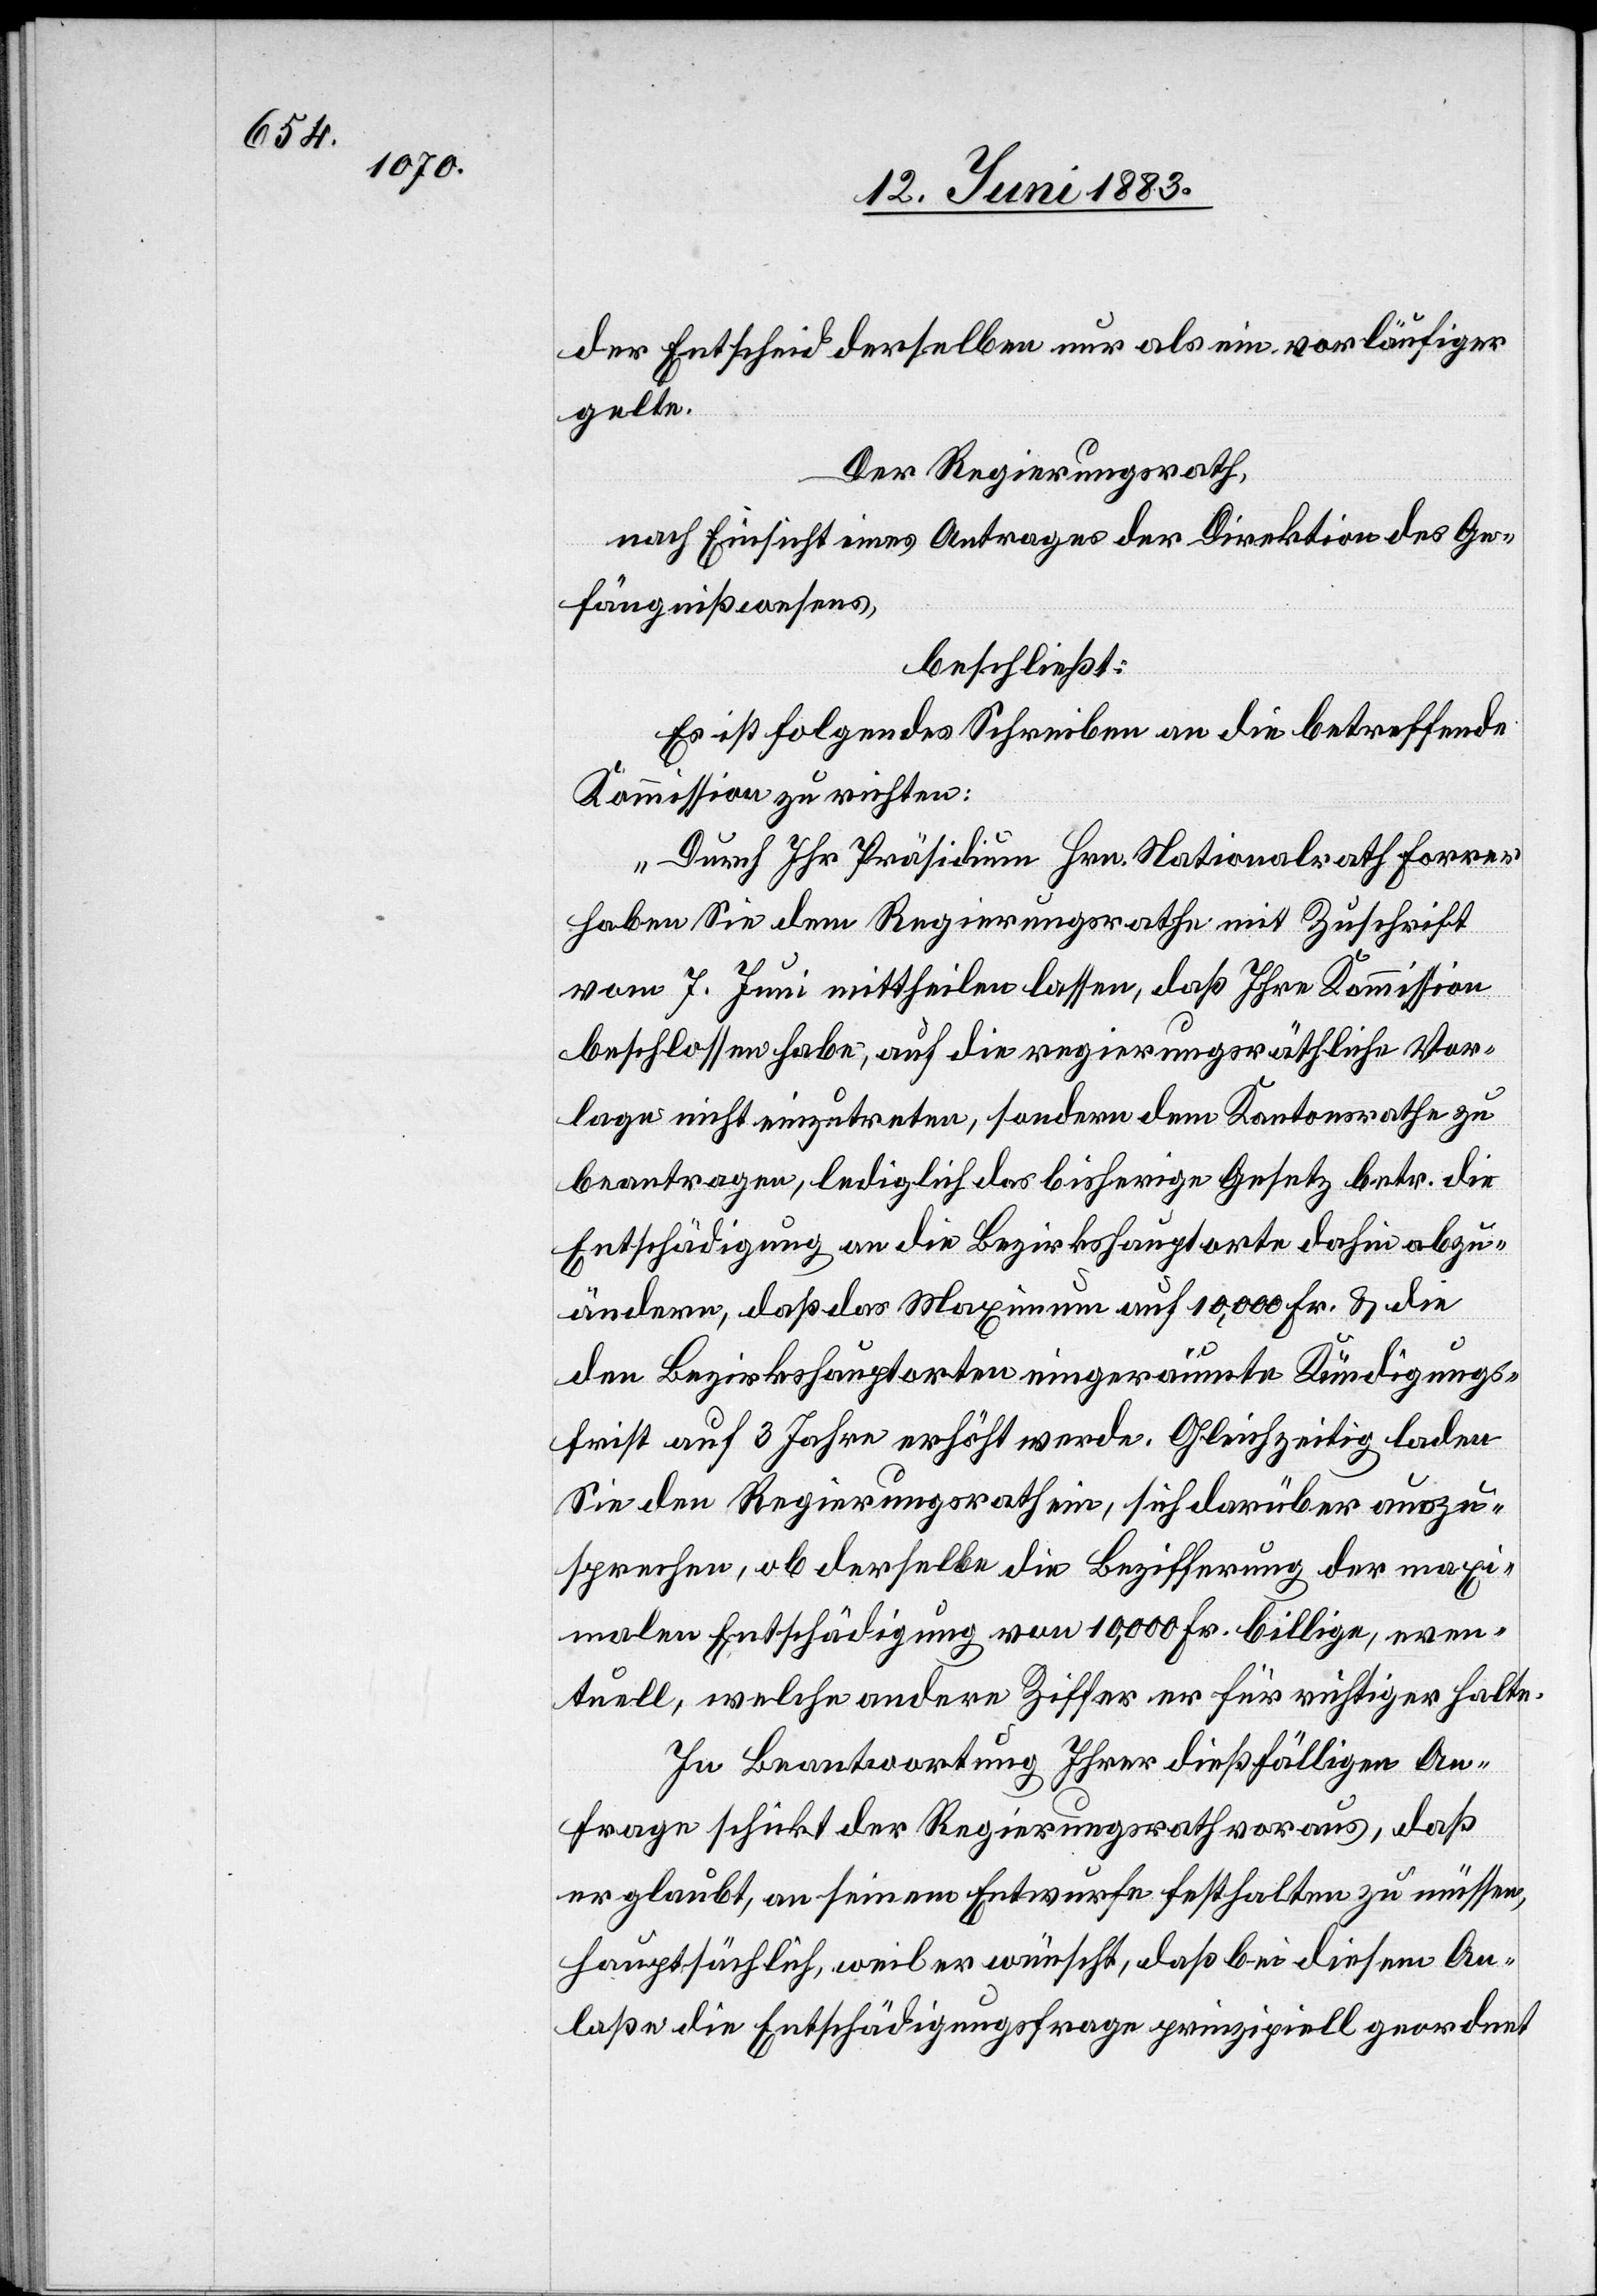
der Entscheid derselben nur als ein vorläufiger
gelte.
Der Regierungsrath,
nach Einsicht eines Antrages der Direktion des Ge¬
fängnißwesens,
beschließt:
Es ist folgendes Schreiben an die betreffende
Kommission zu richten:
„Durch Ihr Präsidium Hrn. Nationalrath Forrer
haben Sie dem Regierungsrathe mit Zuschrift
vom 7. Juni mittheilen lassen, daß Ihre Kommission
beschlossen habe, auf die regierungsräthliche Vor¬
lage nicht einzutreten, sondern dem Kantonsrathe zu
beantragen, lediglich das bisherige Gesetz betr. die
Entschädigung an die Bezirkshauptorte dahin abzu¬
ändern, daß das Maximum auf 10,000 Fr. & die
den Bezirkshauptorten eingeräumte Kündigungs¬
frist auf 3 Jahre erhöht werde. Gleichzeitig laden
Sie den Regierungsrath ein, sich darüber auszu¬
sprechen, ob derselbe die Bezifferung der maxi¬
malen Entschädigung von 10,000 Fr. billige, even¬
tuell, welche andere Ziffer er für richtiger halte.
In Beantwortung Ihrer dießfälligen An¬
frage schickt der Regierungsrath voraus, daß
er glaubt, an seinem Entwurfe festhalten zu müssen,
hauptsächlich, weil er wünscht, daß bei diesem An¬
laße die Entschädigungsfrage prinzipiell geordnet